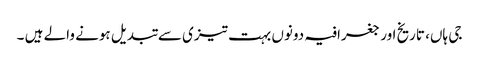
جی ہاں، تاریخ اور جغرافیہ دونوں بہت تیزی سے تبدیل ہونے والے ہیں ۔